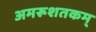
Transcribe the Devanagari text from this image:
अमरूशतकम्